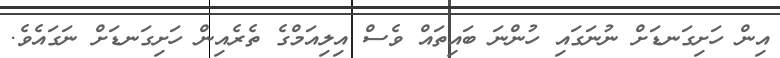
އިން ހަށިގަނޑަށް ނުނަގައި ހުންނަ ބައިތައް ވެސް އިލިއަމްގެ ތެރެއިން ހަށިގަނޑަށް ނަގައެވެ.